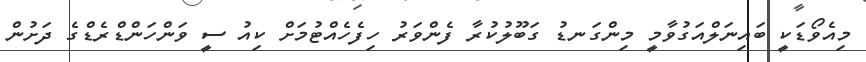
މިއެވޯޑަކީ ބައިނަލްއަގުވާމީ މިންގަނޑު ގަބޫލުކުރާ ފެންވަރު ހިފެހެއްޓުމަށް ކިއު ސީ ވަންހަންޑްރެޑްގެ ދަށުން